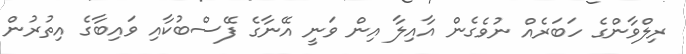
ރިލްވާންގެ ހަބަރެއް ނުވެގެން އާއިލާ އިން ވަނީ އޭނާގެ ފޭސްބުކާއި ވައިބާގެ އިތުރުން